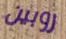
روبين